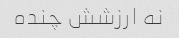
نه ارزشش چنده